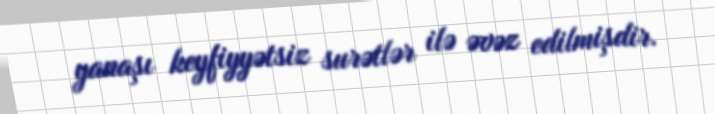
yanaşı keyfiyyətsiz surətlər ilə əvəz edilmişdir.